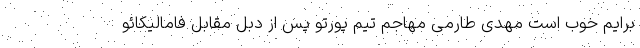
برایم خوب است مهدی طارمی مهاجم تیم پورتو پس از دبل مقابل فامالیکائو